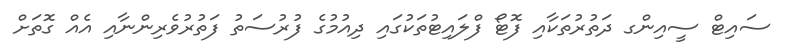
ސައިޓް ސީއިންގ ދަތުރުތަކާއި ފޮޓޯ ފްލައިޓުތަކުގައި ދިއުމުގެ ފުރުސަތު ފަތުރުވެރިންނާއި އެއް ގޮތަށް